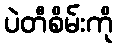
ပဲတီစိမ်းကို